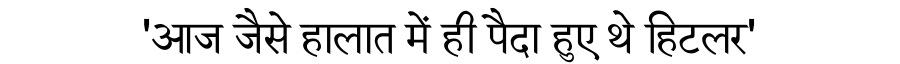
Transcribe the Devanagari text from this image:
'आज जैसे हालात में ही पैदा हुए थे हिटलर'